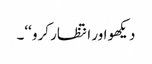
دیکھو اور انتظار کرو ‘‘۔